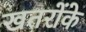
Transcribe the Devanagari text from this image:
खतरोंके